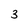
Character: 3